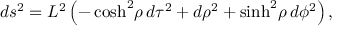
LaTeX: d s ^ { 2 } = L ^ { 2 } \left( - \cosh ^ { 2 } \! \rho \, d \tau ^ { 2 } + d \rho ^ { 2 } + \sinh ^ { 2 } \! \rho \, d \phi ^ { 2 } \right) ,